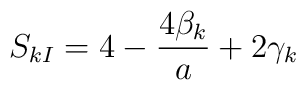
S_{kI}=4-\frac{4\beta _{k}}{a}+2\gamma _{k}